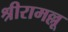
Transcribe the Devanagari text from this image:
श्रीरामल्लू